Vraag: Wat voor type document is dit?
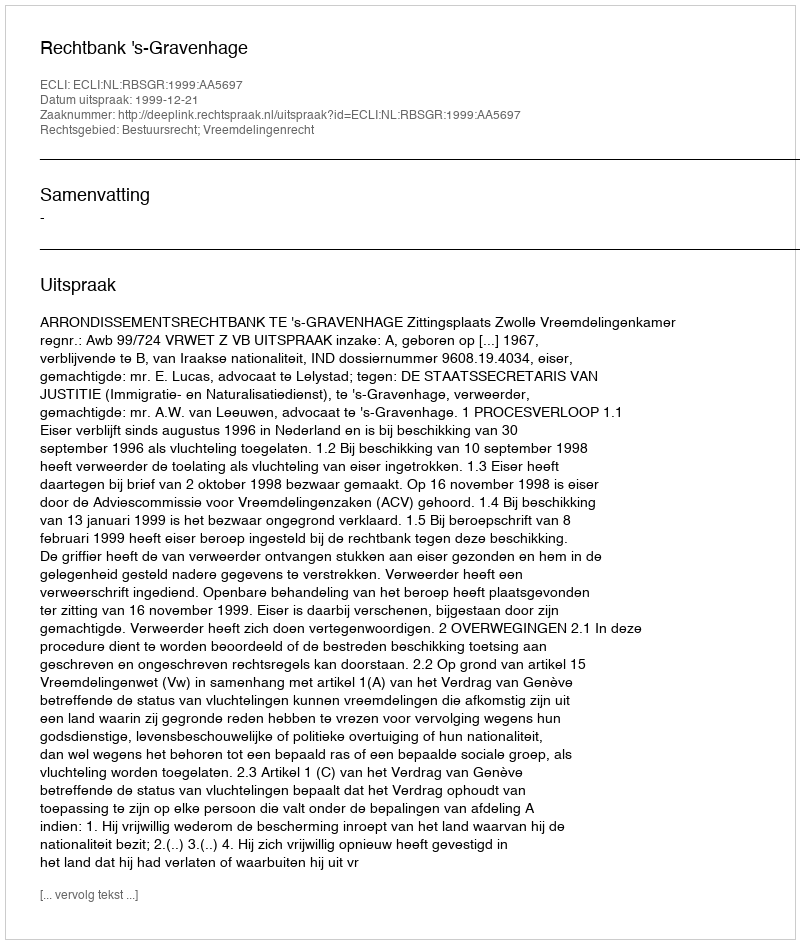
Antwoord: Uitspraak